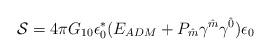
LaTeX: \begin{align*}{\cal S} = 4 \pi G_{10} \epsilon^{\ast}_{0} (E_{ADM} + P_{\hat{m}}\gamma^{\hat{m}} \gamma^{\hat{0}} ) \epsilon_{0}\end{align*}